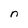
Character: n